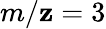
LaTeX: m/\mathbf{z}=3